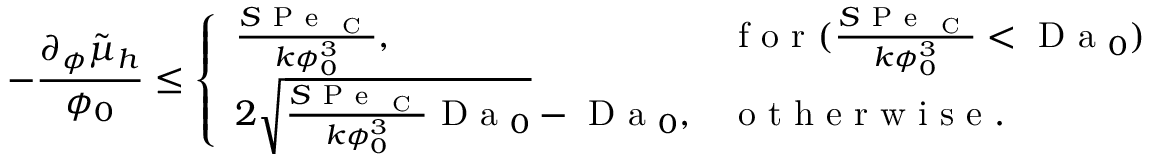
- \frac { \partial _ { \phi } \tilde { \mu } _ { h } } { \phi _ { 0 } } \leq \left\{ \begin{array} { l l } { \frac { S \mathrm { ~ P ~ e ~ } _ { \mathrm { ~ C ~ } } } { k \phi _ { 0 } ^ { 3 } } , } & { \mathrm { ~ f ~ o ~ r ~ } ( \frac { S \mathrm { ~ P ~ e ~ } _ { \mathrm { ~ C ~ } } } { k \phi _ { 0 } ^ { 3 } } < \mathrm { ~ D ~ a ~ } _ { 0 } ) } \\ { 2 \sqrt { \frac { S \mathrm { ~ P ~ e ~ } _ { \mathrm { ~ C ~ } } } { k \phi _ { 0 } ^ { 3 } } \mathrm { ~ D ~ a ~ } _ { 0 } } - \mathrm { ~ D ~ a ~ } _ { 0 } , } & { \mathrm { ~ o ~ t ~ h ~ e ~ r ~ w ~ i ~ s ~ e ~ } . } \end{array} \right.